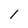
Character: 1